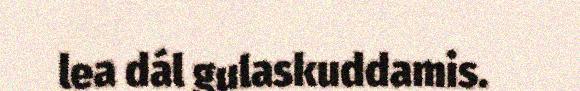
lea dál gulaskuddamis.